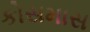
કોસમાસ